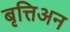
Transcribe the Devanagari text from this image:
बृत्तिअन